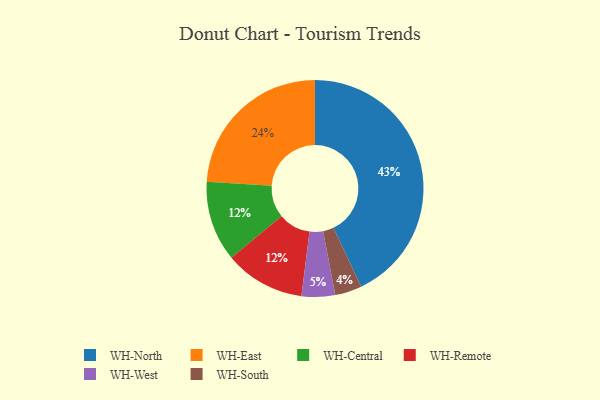
{"axis": {"x": "Category", "y": "Percentage"}, "legend": ["WH-Central", "WH-East", "WH-North", "WH-Remote", "WH-South", "WH-West"], "data": [{"x": "WH-South", "y": 4, "type": "WH-South"}, {"x": "WH-East", "y": 24, "type": "WH-East"}, {"x": "WH-Central", "y": 12, "type": "WH-Central"}, {"x": "WH-North", "y": 43, "type": "WH-North"}, {"x": "WH-West", "y": 5, "type": "WH-West"}, {"x": "WH-Remote", "y": 12, "type": "WH-Remote"}]}